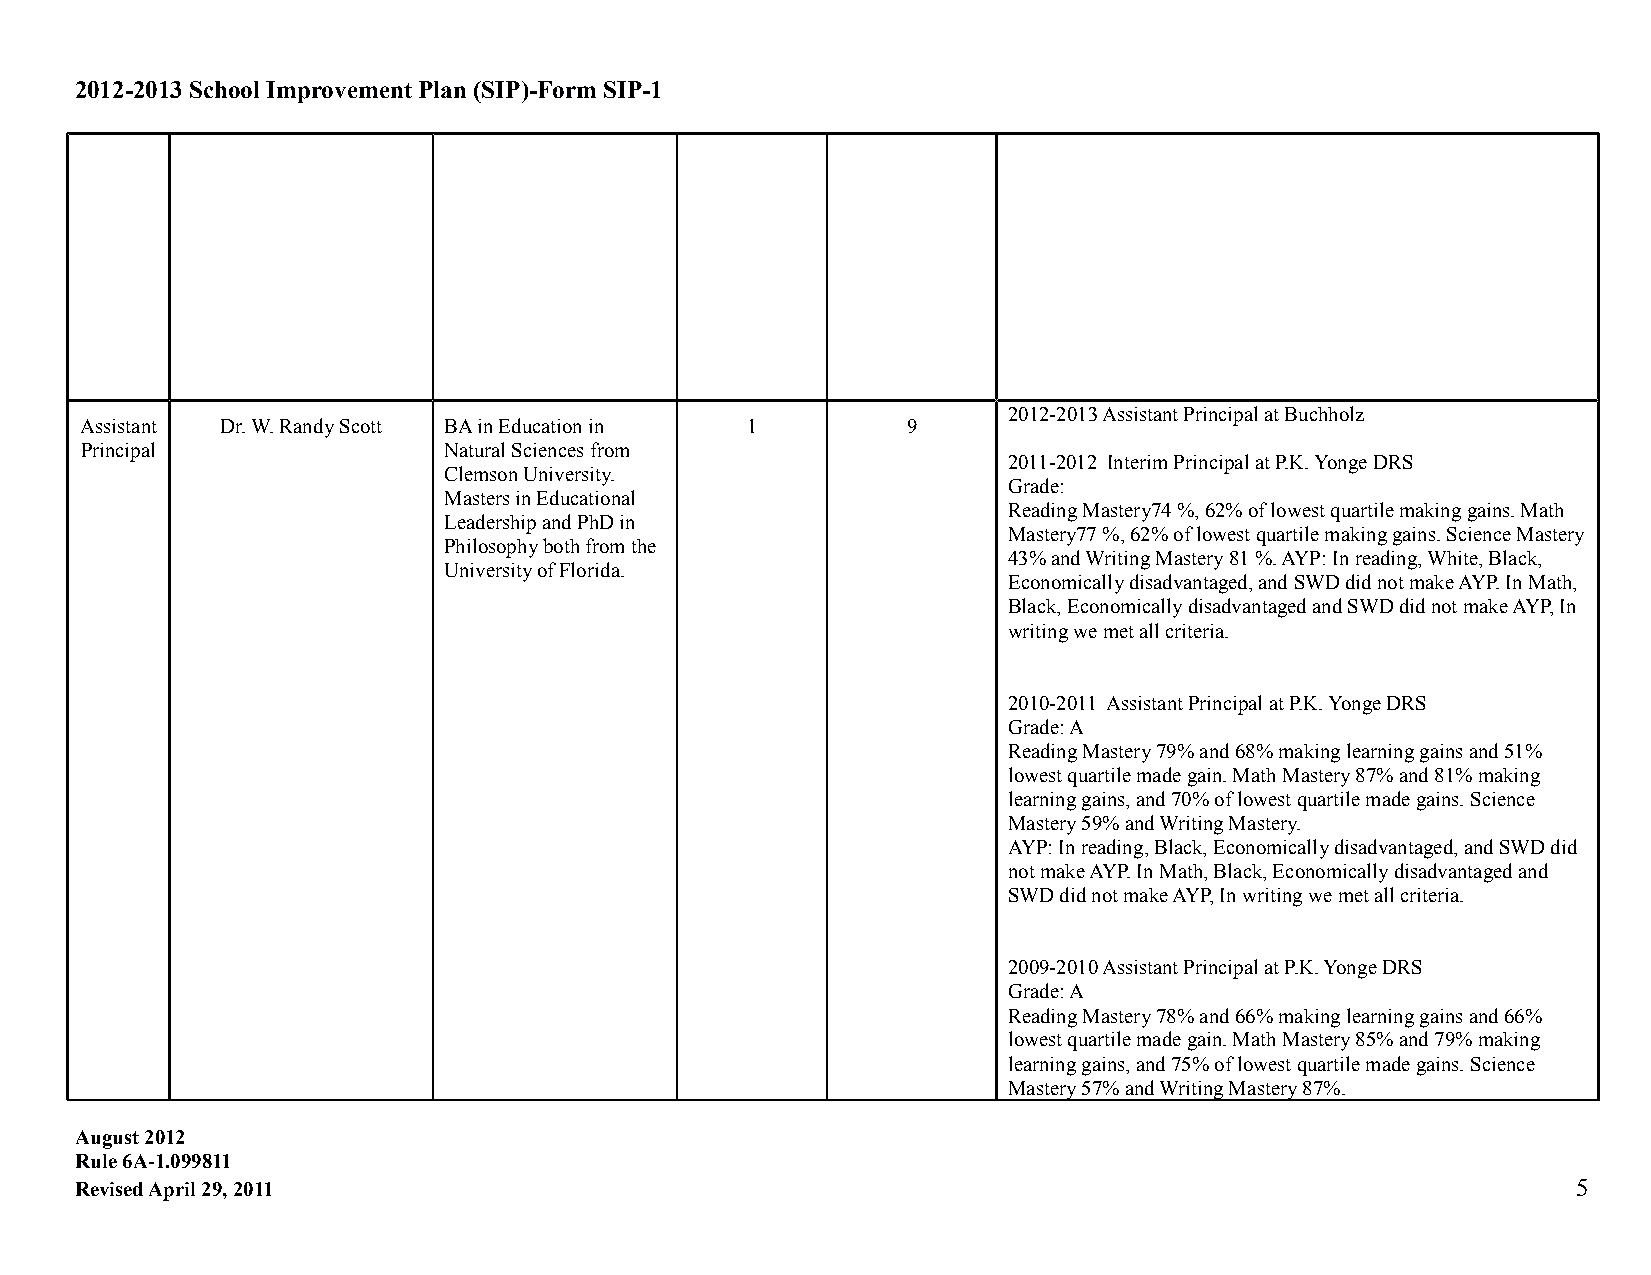
2012-2013 School Improvement Plan (SIP)-Form SIP-1
 2012-2013 Assistant Principal at Buchholz
 Assistant Dr. W. Randy Scott BA in Education in 1      9
 Principal               Natural Sciences from
 2011-2012 Interim Principal at P.K. Yonge DRS
 Clemson University.
 Grade:
 Masters in Educational
 Reading Mastery74 %, 62% of lowest quartile making gains. Math
 Leadership and PhD in
 Mastery77 %, 62% of lowest quartile making gains. Science Mastery
 Philosophy both from the
 43% and Writing Mastery 81 %. AYP: In reading, White, Black,
 University of Florida.
 Economically disadvantaged, and SWD did not make AYP. In Math,
 Black, Economically disadvantaged and SWD did not make AYP, In
 writing we met all criteria.
 2010-2011 Assistant Principal at P.K. Yonge DRS
 Grade: A
 Reading Mastery 79% and 68% making learning gains and 51%
 lowest quartile made gain. Math Mastery 87% and 81% making
 learning gains, and 70% of lowest quartile made gains. Science
 Mastery 59% and Writing Mastery.
 AYP: In reading, Black, Economically disadvantaged, and SWD did
 not make AYP. In Math, Black, Economically disadvantaged and
 SWD did not make AYP, In writing we met all criteria.
 2009-2010 Assistant Principal at P.K. Yonge DRS
 Grade: A
 Reading Mastery 78% and 66% making learning gains and 66%
 lowest quartile made gain. Math Mastery 85% and 79% making
 learning gains, and 75% of lowest quartile made gains. Science
 Mastery 57% and Writing Mastery 87%.
 August 2012
 Rule 6A-1.099811
 Revised April 29, 2011                                                                             5